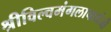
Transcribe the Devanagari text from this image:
श्रीविल्वमंगलाचार्यजी